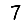
Digit: 7